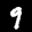
Label: 9